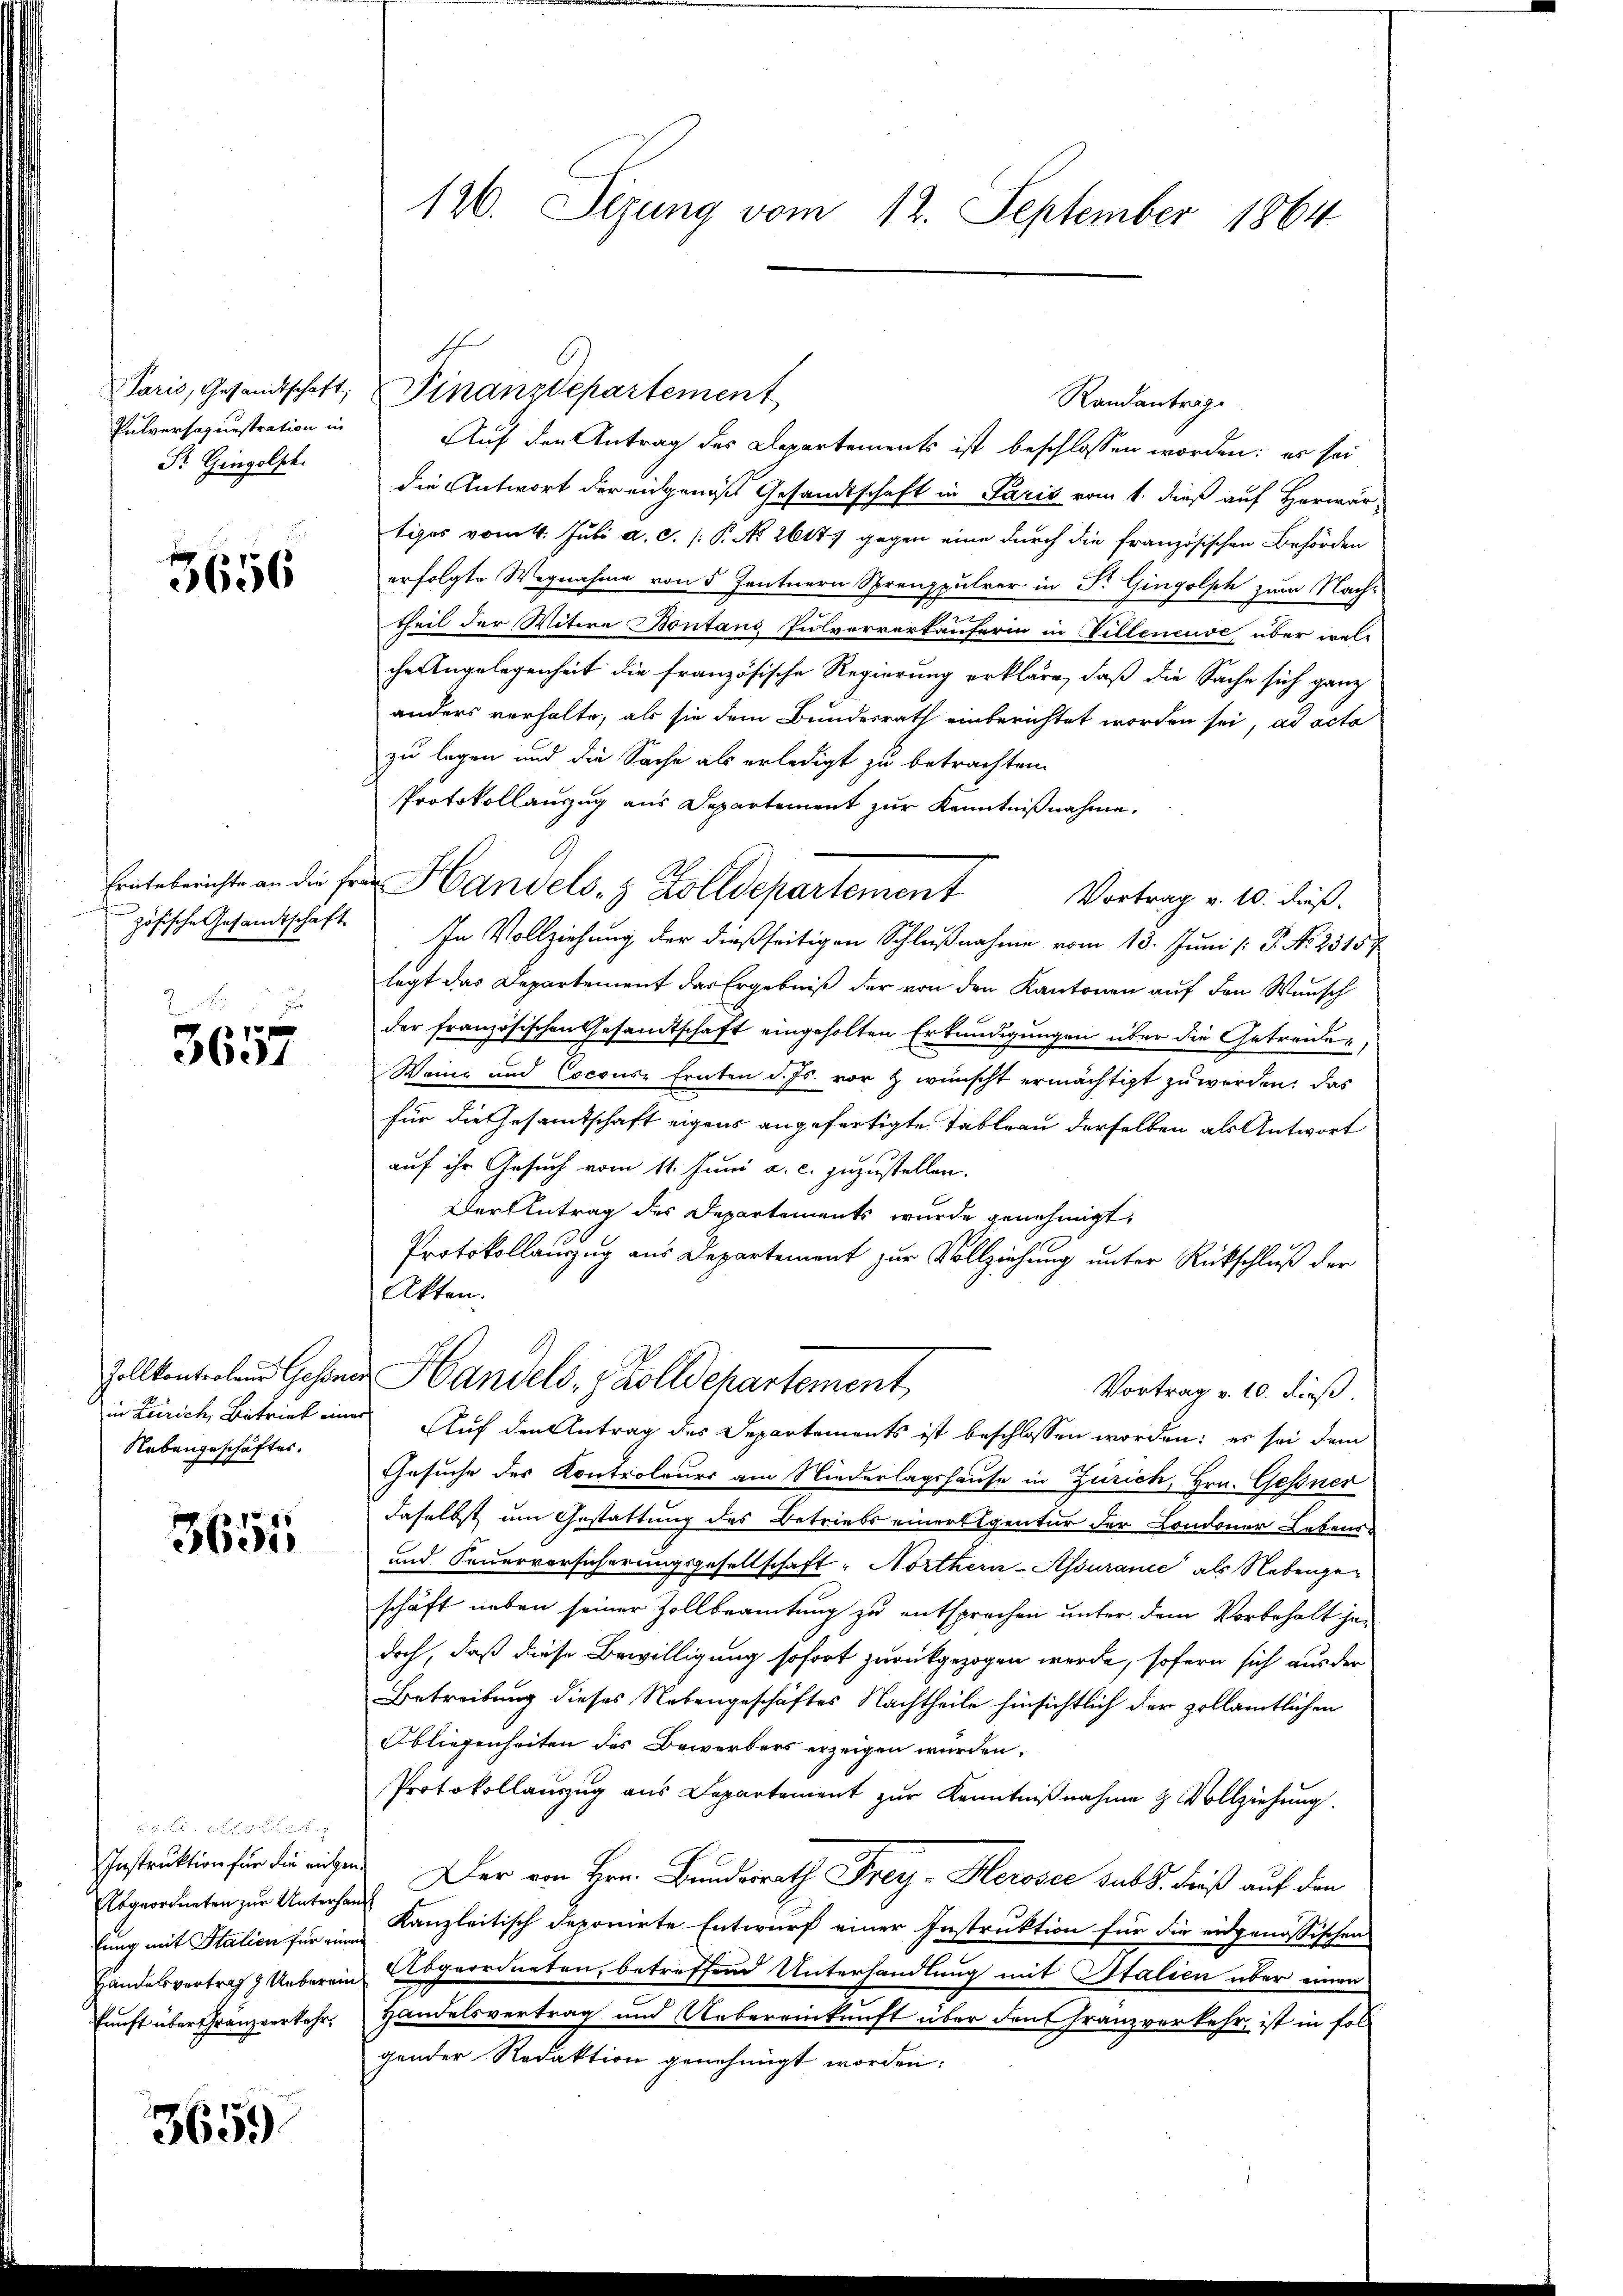
Sr Gingolsch.

3656

.

1
.1

Nebengeschäftes.

3654

Abgeordneten zur Unterhand

365.

S
Pulversoquestration in Auf den Antrag des Departements ist beschlossen worden: es sei
die Antwort der angenoß Gesandtschaft in Paris vom 1. dieß auf Herwär-
tiges vom 4. Juli a. c. /: P. Nr. 2617) gegen eine durch die französischen Behörden
erfolgte Wegnahme von 5 Zentnern Sprenzpulrer in Dr. Gingolsch zum Nach-
theil der Witere Bontans Pulvervortäuferin in Villenende über wel-
che Angelegenheit die französische Regierung erkläre, daß die Sache sich ganz
anders verhalte, als sie dem Bundesrath einberichtet worden sei, ad acta
zu legen und die Sache als erledigt zu betrachten.
Protokollanzug aus Departement zur Kenntnißnahme.
Ernteberichte an die Frau Handels- & Zolldepartement
Vortrag v. 10. dieß.
zösische Gesandtschaft. In Vollziehung der dießseitigen Schlußnahme vom 13. Juni [: P. No. 2315/
legt das Departement das Ergebniß der von den Kantonen auf den Wunsch
der französischen Gesandtschaft eingeholten Erkundigungen über die Getreide
Wainz und Coconse Ernten d. Js. vor & wünscht ermächtigt zu werden, das
für die Gesamtschaft eigens angefertigte Tableau derselben als Antwort
auf ihr Gesuch vom 11. Juni a. c. zuzustellen.
Der Antrag des Departements wurde genehmigt,
Protokollanzug aus Departement zur Vollziehung unter Rückschluß der
Akten.
Zollkonterland Gesanna Handels- & Zolldepartement
Vortrag v. 10. dieß.
in Zürich, Betrieb einer Auf den Antrag des Departements ist beschlossen worden: es sei dem
Gesuche des Kontroleurs am Niederlagshause in Zürich, Hrn. Gessner
daselbst um Gestattung des Betriebs einerlegentur der Londoner Lebens¬
und Feuerversicherungsgesellschaft "Northern-Assurance als Nebengeschäft neben seiner Zollbeamtung zu entsprechen unter dem Vorbehalt je-
doch, daß diese Bewilligung sofort zurückgezogen werde, sofern sich aus der
Betreibung dieses Nebengeschäftes Nachtheile hinsichtlich der zollämtlichen
Obliegenheiten des Bewerbers erzeigen wurden.
Protokollauszug aus Departement zŭr Kenntniβnahme & Vollziehung.
Instruktion für die nichten. Der von Hrn. Bundesrath Frey- Herosec sub 8. Friß auf den
fung mit Station für eine Kanzleitisch deponirte Entwurf einer Instruktion für die eidgenössischen
Handelsvertrag 7 Ueberein Abgeordneten, betreffend Unterhandlung mit Italien über einen
funft über Gränzverkehr, Handelsvertrag und Uebereinkunft über den Franzverkehr, ist in folgender Redaktion genehmigt worden:

126. Sezung vom 12. September 1864.

Paris, Gesandtschaft. Finanzdepartement

Randantrage